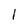
Character: l